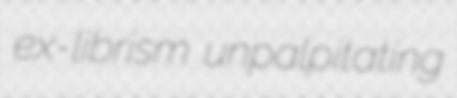
ex-librism unpalpitating